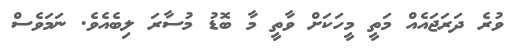
ވުރެ ދަރަޖައެއް މަތީ މީހަކަށް ވާތީ މާ ބޮޑު މުސާރަ ލިބެއެވެ. ނަމަވެސް